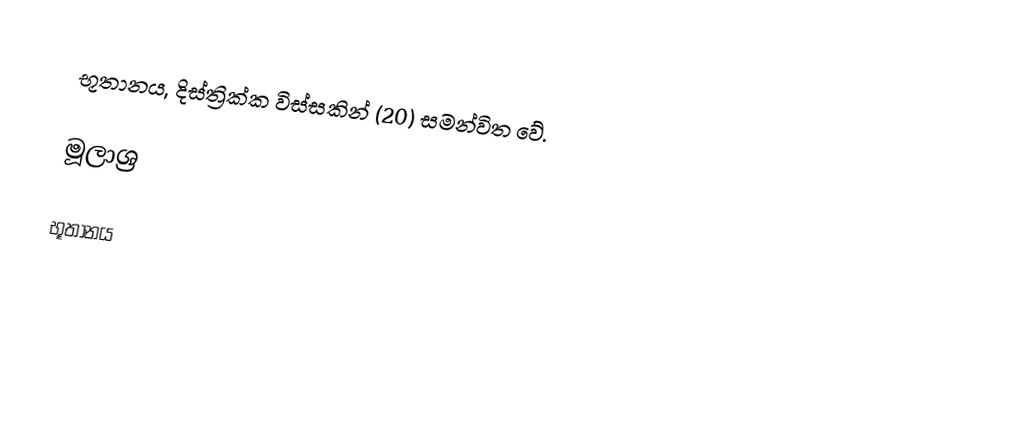
භූතානය, දිස්ත්‍රික්ක විස්සකින් (20) සමන්විත වේ.

මූලාශ්‍ර

භූතානය